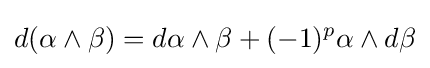
d(\alpha \wedge \beta )=d\alpha \wedge \beta +(-1)^{p}\alpha \wedge d\beta